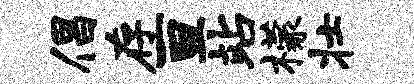
倡存亘站檬壮